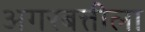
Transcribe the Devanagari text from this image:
अगरबत्तीला